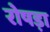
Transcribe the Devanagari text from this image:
रोषड़ा